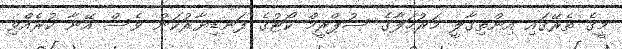
މީގެ ތެރޭގައި އިންތިގާލީ މަރުހަލާގެ ސުޕްރީމް ކޯޓުގެ ފަނޑިޔާރުކަން ވެސް އޭނާ ކުރެއްވި